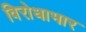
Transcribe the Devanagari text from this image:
विरोधाभार